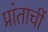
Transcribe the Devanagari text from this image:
प्रांताचीं